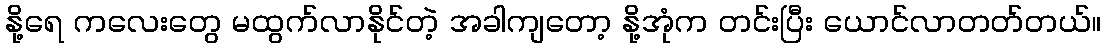
နို့ရေ ကလေးတွေ မထွက်လာနိုင်တဲ့ အခါကျတော့ နို့အုံက တင်းပြီး ယောင်လာတတ်တယ်။